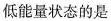
低能量状态的是